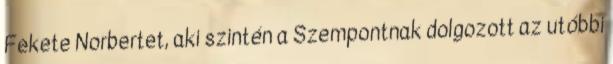
Fekete Norbertet, aki szintén a Szempontnak dolgozott az utóbbi